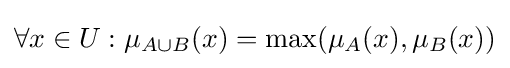
\forall x\in U:\mu _{A\cup {B}}(x)=\max(\mu _{A}(x),\mu _{B}(x))